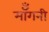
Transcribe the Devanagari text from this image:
मॉँगनी